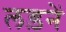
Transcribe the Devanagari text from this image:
लड़नें